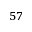
^ { 5 7 }